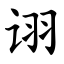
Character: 诩